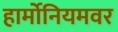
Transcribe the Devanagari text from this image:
हार्मोनियमवर